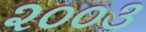
૨૦૦૩